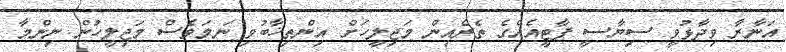
އަނާރާ ވިދާޅުވީ ސިޔާސީ ޕާޓީއެއްގެ ތެރެއިން މަޖިލީހަށް އިންތިޚާބުވި ނަމަވެސް މަޖިލީހުން ނިންމާ